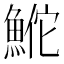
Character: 𬵕